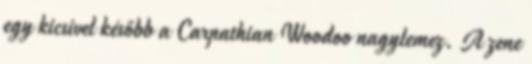
egy kicsivel később a Carpathian Woodoo nagylemez. A zene